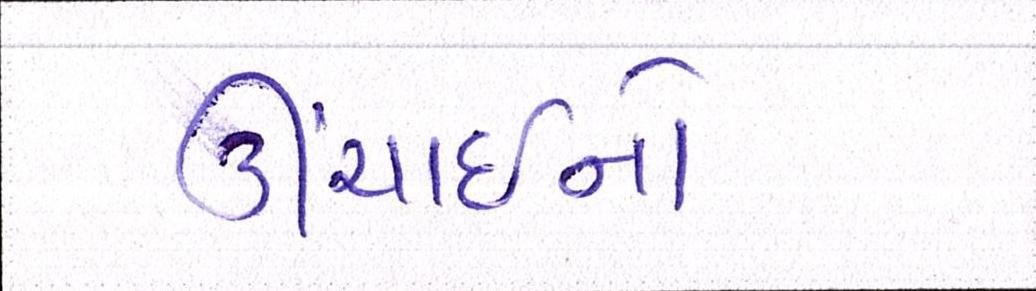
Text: ઊંચાઈનો